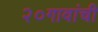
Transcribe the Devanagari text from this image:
२०गावांची